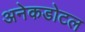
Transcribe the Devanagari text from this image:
अनेकडोटल